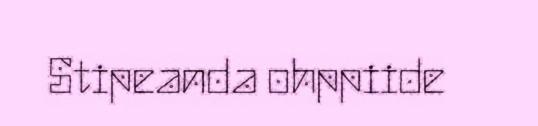
Stipeanda ohppiide